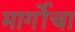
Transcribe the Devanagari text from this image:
मार्गोचा